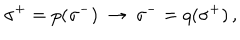
\: \sigma ^ { + } = p ( \sigma ^ { - } ) \: \rightarrow \: \sigma ^ { - } = q ( \sigma ^ { + } ) \, , \: